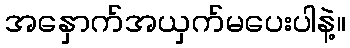
အနှောက်အယှက်မပေးပါနဲ့။